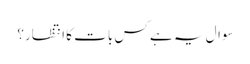
سوال یہ ہے کس بات کا انتظار؟